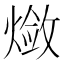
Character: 𬋃